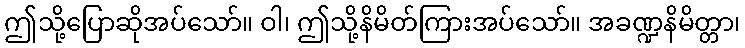
ဤသို့ပြောဆိုအပ်သော်။ ဝါ၊ ဤသို့နိမိတ်ကြားအပ်သော်။ အခဏ္ဍနိမိတ္တာ၊